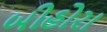
બીહોરા